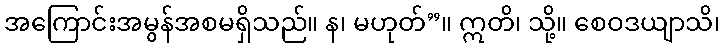
အကြောင်းအမွန်အစမရှိသည်။ န၊ မဟုတ်”။ ဣတိ၊ သို့။ စေဝဒယျာသိ၊